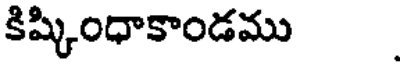
కిష్కింధాకాండము